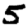
Digit: 5